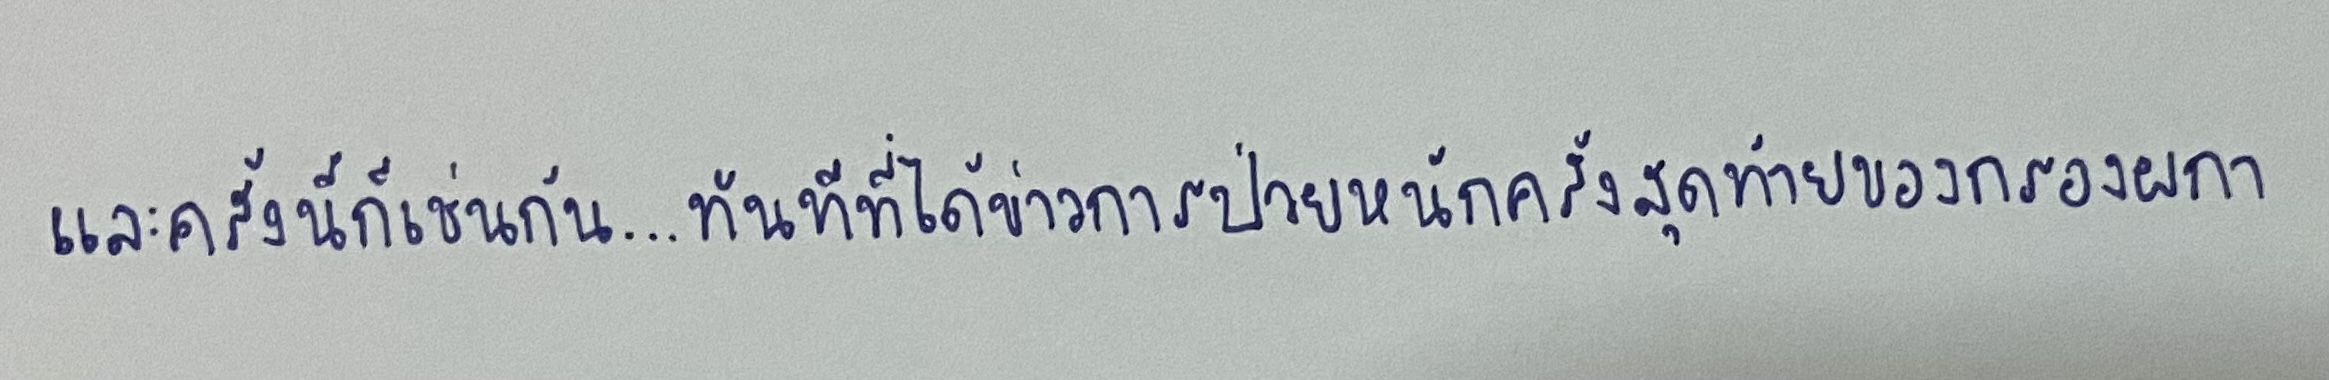
และครั้งนี้ก็เช่นกัน...ทันทีที่ได้ข่าวการป่วยหนักครั้งสุดท้ายของกรองผกา